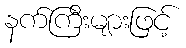
နက်ကြီးများဖြင့်